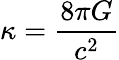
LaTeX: \kappa={\frac{8\pi G}{c^{2}}}